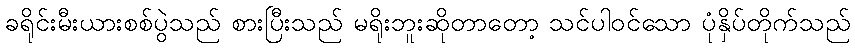
ခရိုင်းမီးယားစစ်ပွဲသည် စားပြီးသည် မရိုးဘူးဆိုတာတော့ သင်ပါဝင်သော ပုံနှိပ်တိုက်သည်